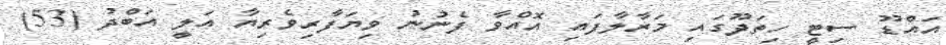
އައްޑޫ ސިޓީ ހިތަދޫގައި މަރާލާފައި އޮއްވާ ފެނުނު ވިޔަފާރިވެރިޔާ އަލީ އަބްދު (53)